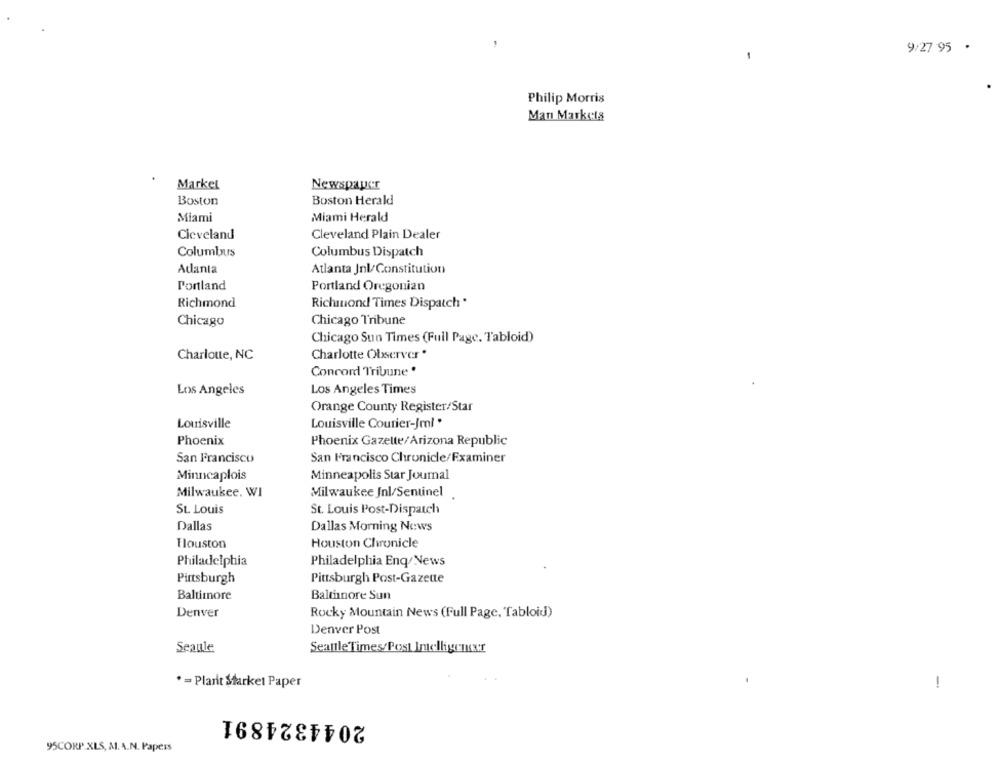
9/27 95 .
Philip Morris
Man Markets
Market
Newspaper
Boston
Boston Herald
Miami
Miami Herald
Cleveland
Cleveland Plain Dealer
Columbus
Columbus Dispatch
Atlanta
Atlanta Jnl/Constitution
Portland
Portland Oregonian
Richmond
Richmond Times Dispatch *
Chicago Tribune
Chicago
Chicago Sun Times (Full Page. Tabloid)
Charlotte, NC
Charlotte Observer'
Concord Tribune '
Los Angeles
Los Angeles Times
Orange County Register/Star
Louisville
Louisville Courier-Jml'
Phoenix
Phoenix Gazette/Arizona Republic
San Francisco
San Francisco Chronicle/Examiner
Minncaplois
Minneapolis Star Journal
Milwaukee, WI
Milwaukee Jnl/Sentinel
St. Louis
St. Louis Post-Dispatch
Dallas
Dallas Morning News
Houston
Houston Chronicle
Philadelphia
Philadelphia Enq/News
Pittsburgh
Pittsburgh Post-Gazette
Baltimore
Baltimore Sun
Denver
Rocky Mountain News (Full Page, Tabloid)
Denver Post
Seaule
Seattle Times/Post Intelligenxr
*= Plarit Starkel Paper
!
2044324891
95CORP.XLS, Al. A.N. Papers